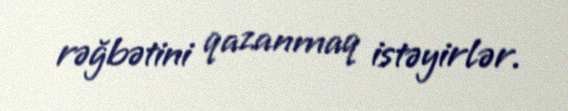
rəğbətini qazanmaq istəyirlər.